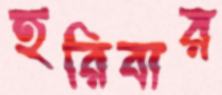
হরিবার